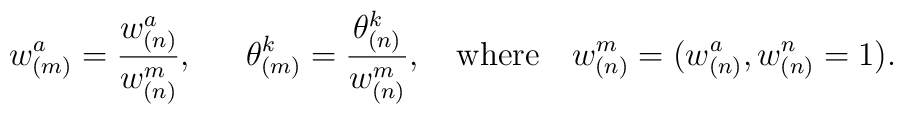
w^a_{(m)} =\frac{w^a_{(n)}}{w^m _{(n)}},  \;\;	   \quad \theta^k _{(m)} =          \frac{\theta^k _{(n)}}{w^m _{(n)}}, \quad {\rm where}\quad w^m_{(n)}=     (w^a_{(n)}, w^n_{(n)}=1).